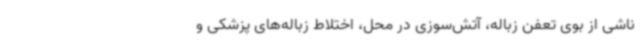
ناشی از بوی تعفن زباله، آتش‌سوزی در محل، اختلاط زباله‌های پزشکی و